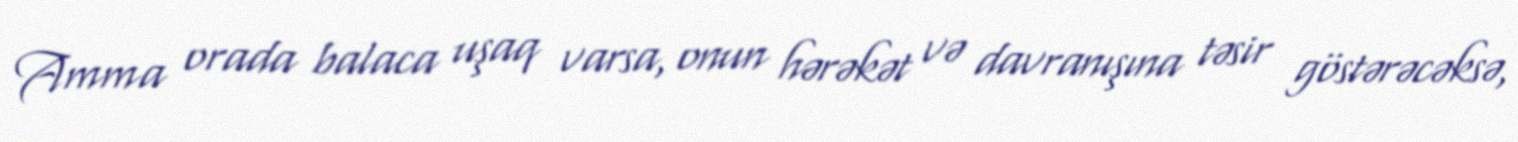
Amma orada balaca uşaq varsa, onun hərəkət və davranışına təsir göstərəcəksə,